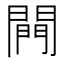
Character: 闁